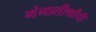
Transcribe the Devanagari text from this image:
गंगातीर्थांची